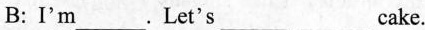
B: I'm___.Let's___cake.